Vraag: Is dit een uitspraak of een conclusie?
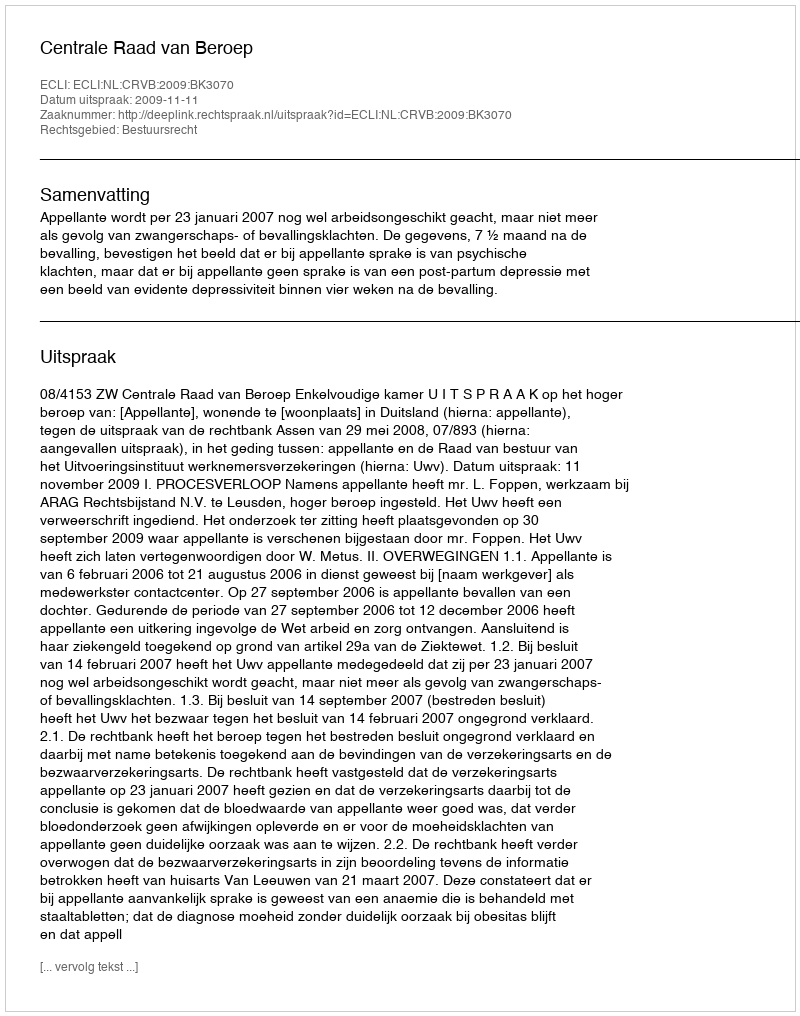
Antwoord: Uitspraak